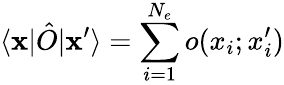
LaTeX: \langle\mathbf{x}|\hat{O}|\mathbf{x}^{\prime}\rangle=\sum_{i=1}^{N_{e}}o(x_{i};x_{i}^{\prime})